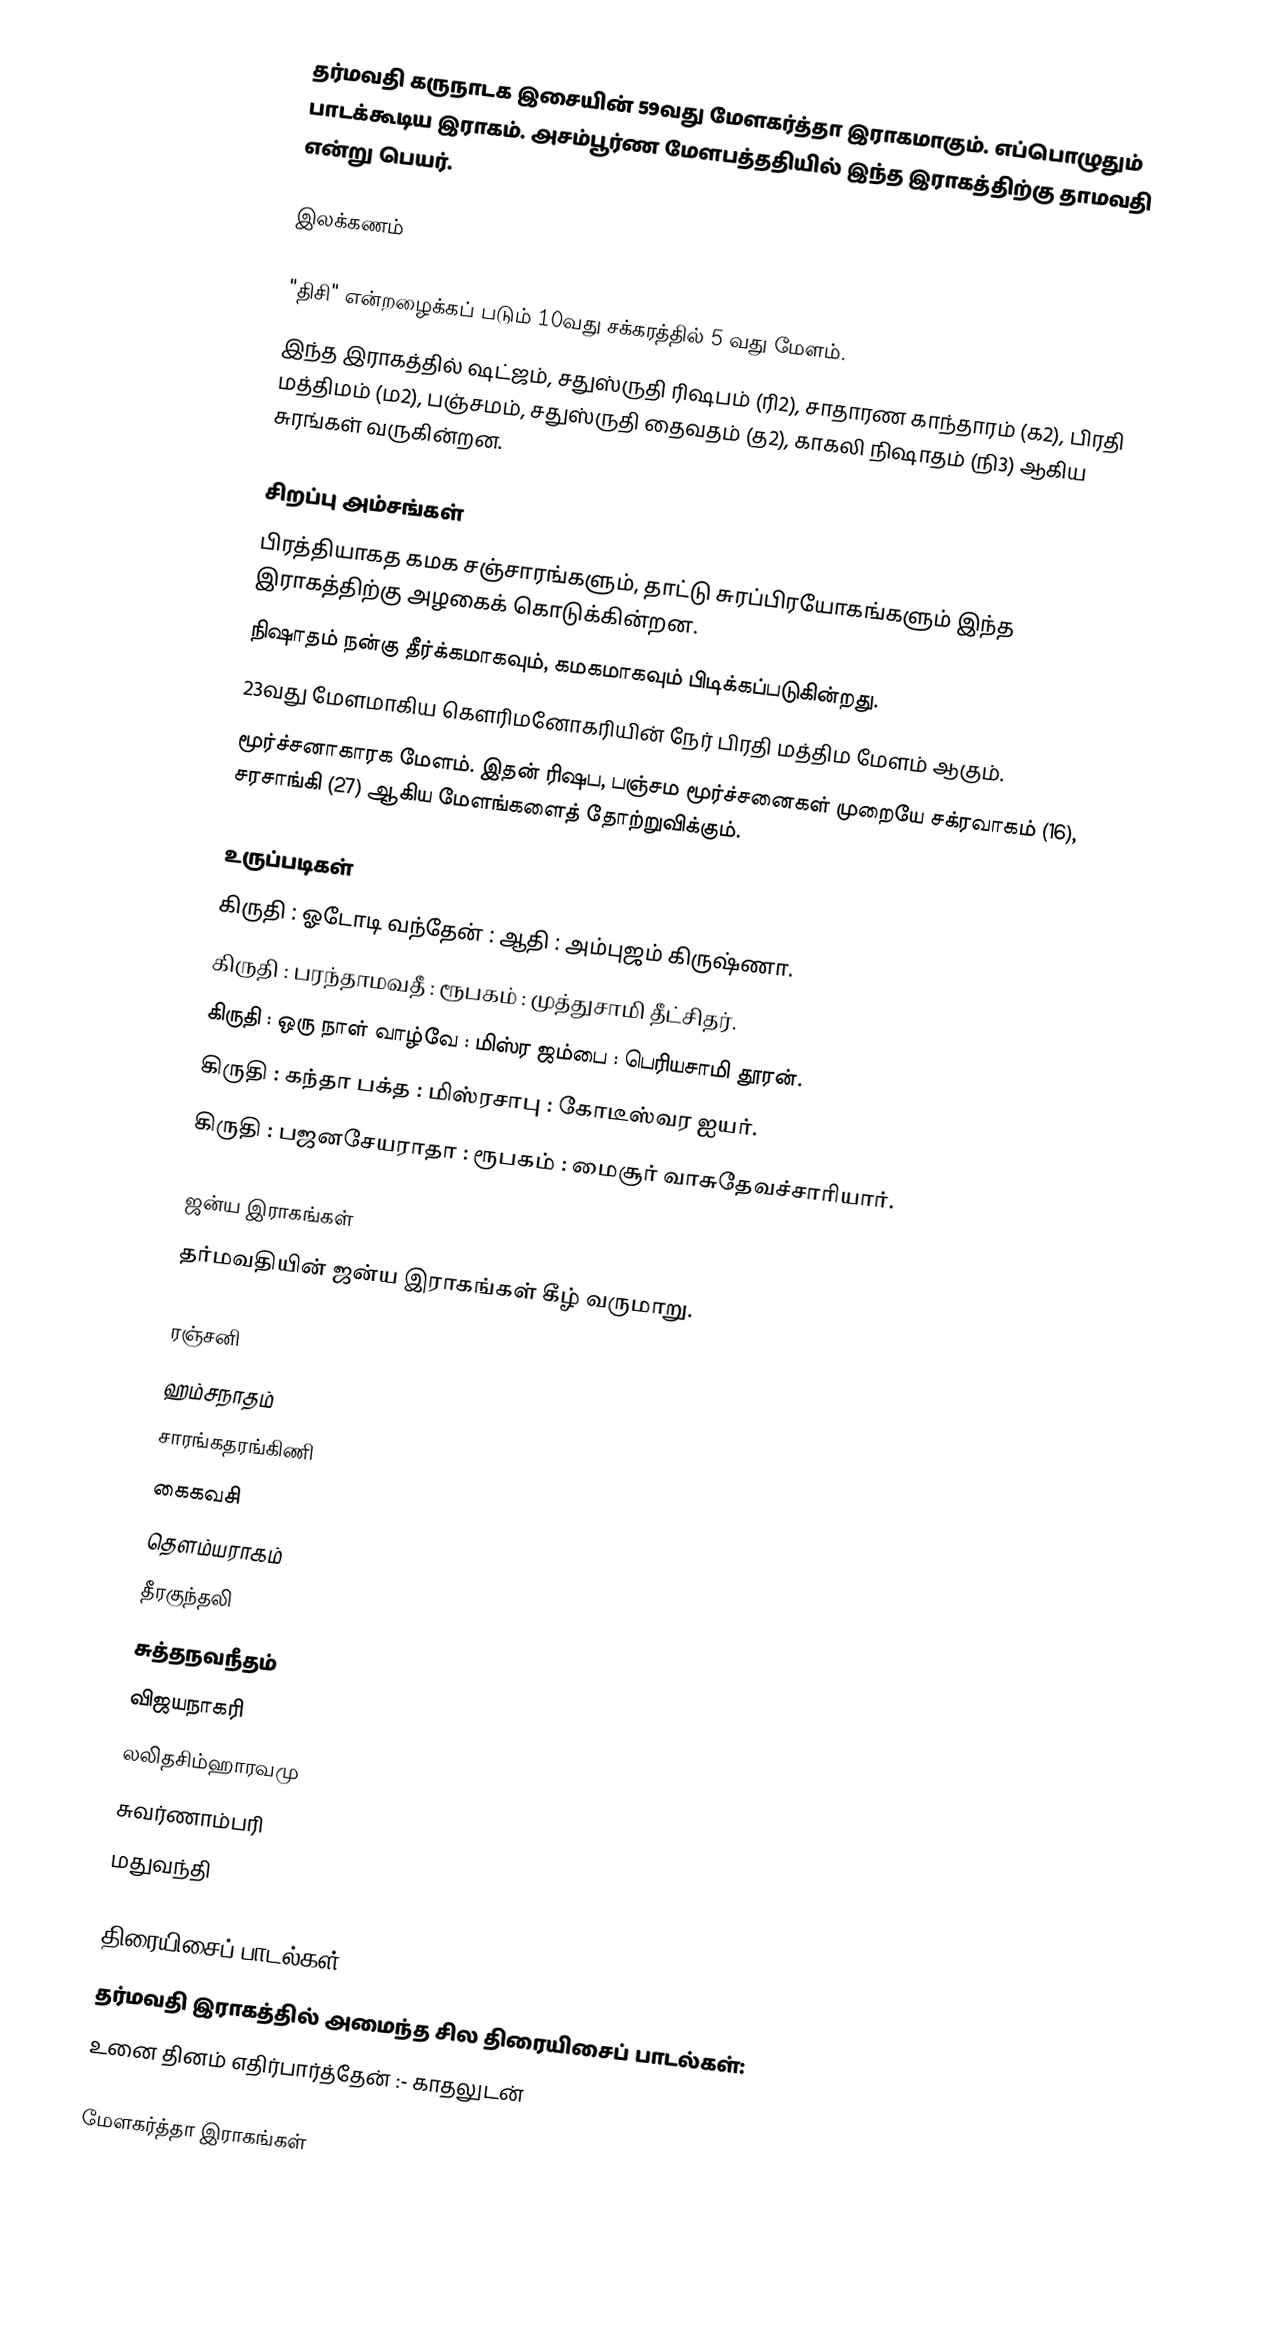
தர்மவதி கருநாடக இசையின் 59வது மேளகர்த்தா இராகமாகும். எப்பொழுதும் பாடக்கூடிய இராகம். அசம்பூர்ண மேளபத்ததியில் இந்த இராகத்திற்கு தாமவதி என்று பெயர்.

இலக்கணம்

 "திசி" என்றழைக்கப் படும் 10வது சக்கரத்தில் 5 வது மேளம்.
 இந்த இராகத்தில் ஷட்ஜம், சதுஸ்ருதி ரிஷபம் (ரி2), சாதாரண காந்தாரம் (க2), பிரதி மத்திமம் (ம2), பஞ்சமம், சதுஸ்ருதி தைவதம் (த2), காகலி நிஷாதம் (நி3) ஆகிய சுரங்கள் வருகின்றன.

சிறப்பு அம்சங்கள்
 பிரத்தியாகத கமக சஞ்சாரங்களும், தாட்டு சுரப்பிரயோகங்களும் இந்த இராகத்திற்கு அழகைக் கொடுக்கின்றன.
 நிஷாதம் நன்கு தீர்க்கமாகவும், கமகமாகவும் பிடிக்கப்படுகின்றது.
 23வது மேளமாகிய கௌரிமனோகரியின் நேர் பிரதி மத்திம மேளம் ஆகும்.
 மூர்ச்சனாகாரக மேளம். இதன் ரிஷப, பஞ்சம மூர்ச்சனைகள் முறையே சக்ரவாகம் (16), சரசாங்கி (27) ஆகிய மேளங்களைத் தோற்றுவிக்கும்.

உருப்படிகள்
 கிருதி	: ஓடோடி வந்தேன்	: ஆதி		: அம்புஜம் கிருஷ்ணா.
 கிருதி	: பரந்தாமவதீ	: ரூபகம்		: முத்துசாமி தீட்சிதர்.
 கிருதி	: ஒரு நாள் வாழ்வே	: மிஸ்ர ஜம்பை	: பெரியசாமி தூரன்.
 கிருதி	: கந்தா பக்த	: மிஸ்ரசாபு	: கோடீஸ்வர ஐயர்.
 கிருதி	: பஜனசேயராதா	: ரூபகம்		: மைசூர் வாசுதேவச்சாரியார்.

ஜன்ய இராகங்கள்
தர்மவதியின்  ஜன்ய இராகங்கள் கீழ் வருமாறு.

 ரஞ்சனி
 ஹம்சநாதம்
 சாரங்கதரங்கிணி
 கைகவசி
 தௌம்யராகம்
 தீரகுந்தலி
 சுத்தநவநீதம்
 விஜயநாகரி
 லலிதசிம்ஹாரவமு
 சுவர்ணாம்பரி
 மதுவந்தி

திரையிசைப் பாடல்கள்
தர்மவதி இராகத்தில் அமைந்த சில திரையிசைப் பாடல்கள்:
 உனை தினம் எதிர்பார்த்தேன் :- காதலுடன்

மேளகர்த்தா இராகங்கள்